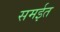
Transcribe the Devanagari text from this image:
समईत